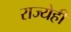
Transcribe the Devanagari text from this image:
राज्येही